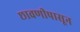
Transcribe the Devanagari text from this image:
छावणीपासून